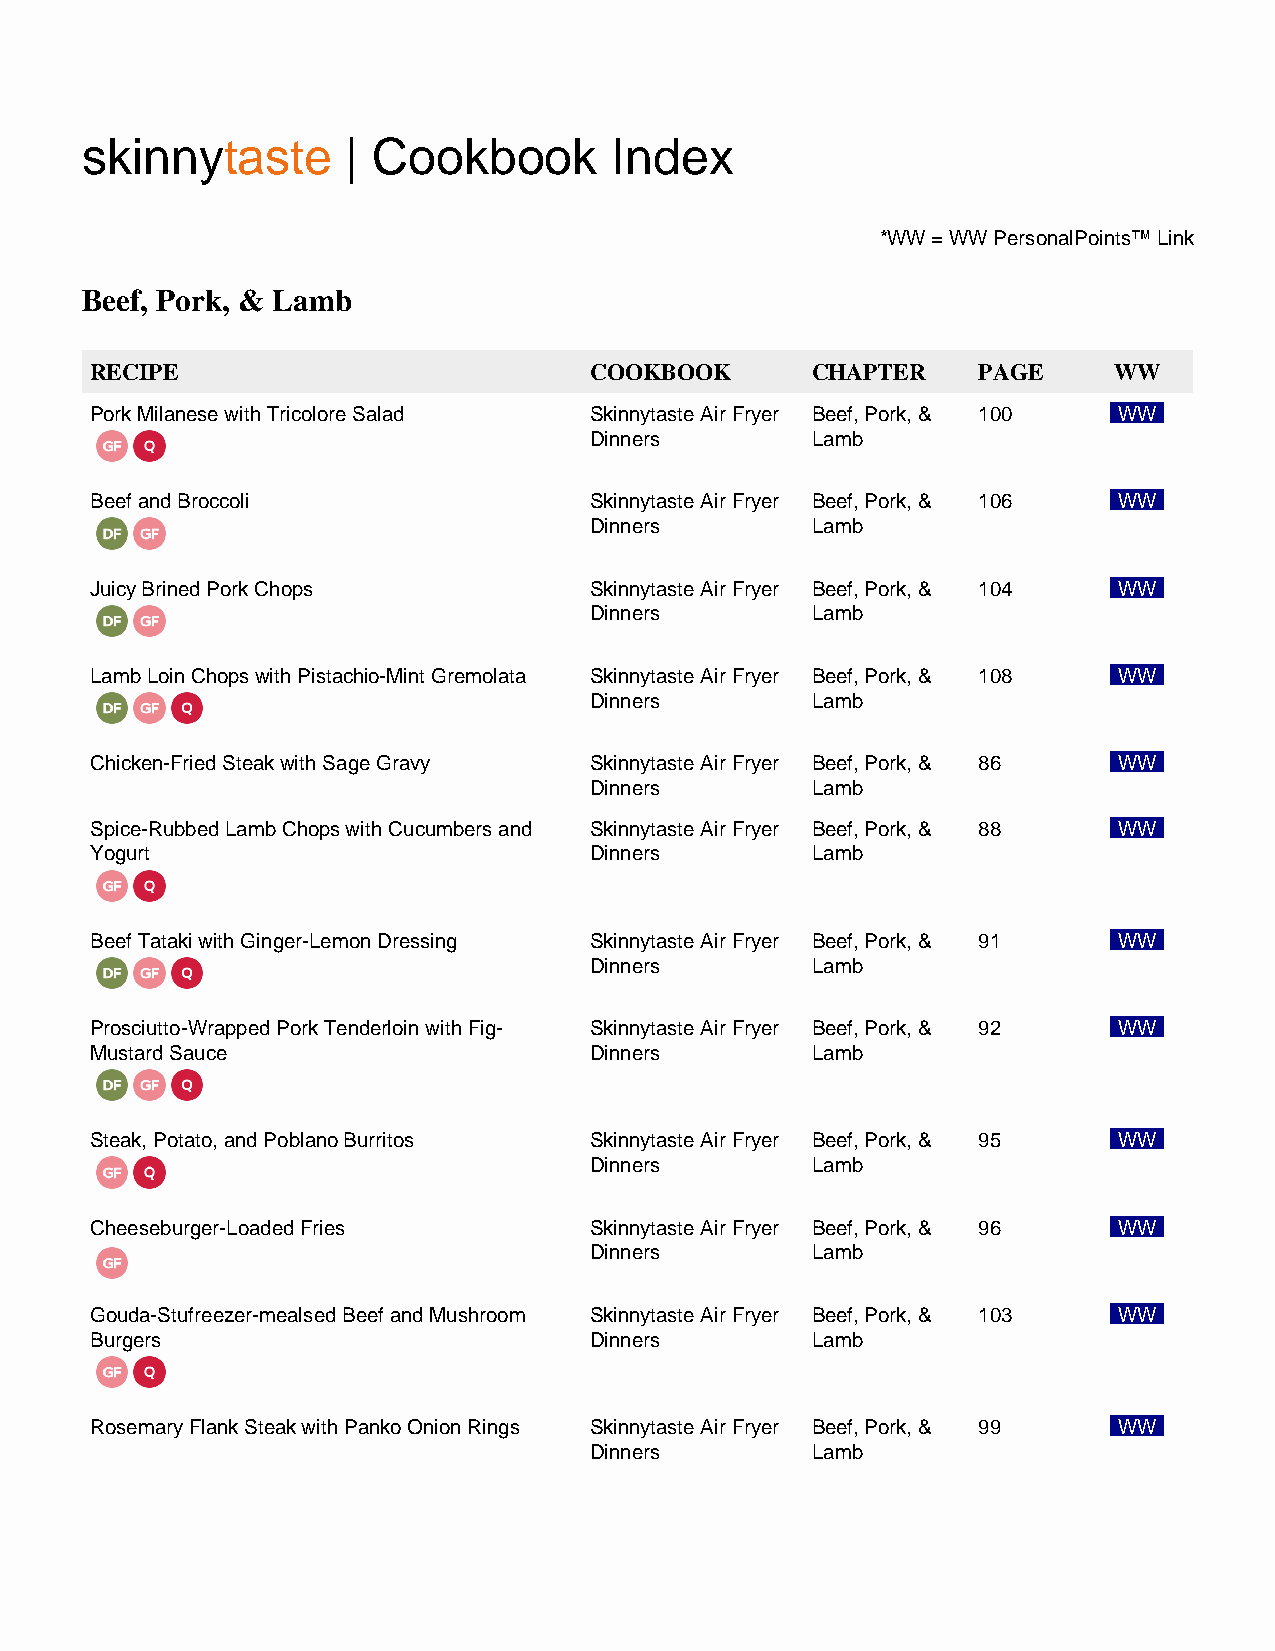
skinnytaste       | Cookbook        Index
 *WW = WW PersonalPoints™ Link
 Beef, Pork, & Lamb
 RECIPE                           COOKBOOK       CHAPTER    PAGE     WW
 Pork Milanese with Tricolore Salad Skinnytaste Air Fryer Beef, Pork, & 100 WW
 Dinners        Lamb
 Beef and Broccoli                Skinnytaste Air Fryer Beef, Pork, & 106 WW
 Dinners        Lamb
 Juicy Brined Pork Chops          Skinnytaste Air Fryer Beef, Pork, & 104 WW
 Dinners        Lamb
 Lamb Loin Chops with Pistachio-Mint Gremolata Skinnytaste Air Fryer Beef, Pork, & 108 WW
 Dinners        Lamb
 Chicken-Fried Steak with Sage Gravy Skinnytaste Air Fryer Beef, Pork, & 86 WW
 Dinners        Lamb
 Spice-Rubbed Lamb Chops with Cucumbers and Skinnytaste Air Fryer Beef, Pork, & 88 WW
 Yogurt                           Dinners        Lamb
 Beef Tataki with Ginger-Lemon Dressing Skinnytaste Air Fryer Beef, Pork, & 91 WW
 Dinners        Lamb
 Prosciutto-Wrapped Pork Tenderloin with Fig- Skinnytaste Air Fryer Beef, Pork, & 92 WW
 Mustard Sauce                    Dinners        Lamb
 Steak, Potato, and Poblano Burritos Skinnytaste Air Fryer Beef, Pork, & 95 WW
 Dinners        Lamb
 Cheeseburger-Loaded Fries        Skinnytaste Air Fryer Beef, Pork, & 96 WW
 Dinners        Lamb
 Gouda-Stufreezer-mealsed Beef and Mushroom Skinnytaste Air Fryer Beef, Pork, & 103 WW
 Burgers                          Dinners        Lamb
 Rosemary Flank Steak with Panko Onion Rings Skinnytaste Air Fryer Beef, Pork, & 99 WW
 Dinners        Lamb